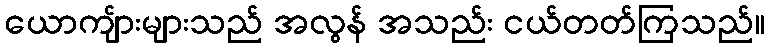
ယောကျ်ားများသည် အလွန် အသည်း ငယ်တတ်ကြသည်။